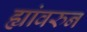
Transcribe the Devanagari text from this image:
ह्यांवरुन